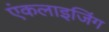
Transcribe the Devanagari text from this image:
एंकलाइजिंग